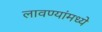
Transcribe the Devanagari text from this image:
लावण्यांमध्ये